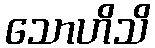
သောဟိသိ